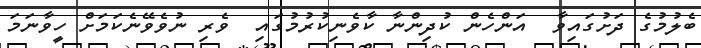
ބެލުމުގެ ދަށުގައިވާ  އަންހެން ކުދިންނާ ކާވެނިކުރުމުގައި  ވެރި ނުވެވޭނެކަމަށް ހީވާނަމަ